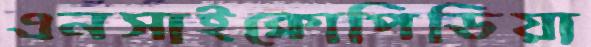
এনসাইক্লোপিডিয়া